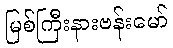
မြစ်ကြီးနားဗန်းမော်